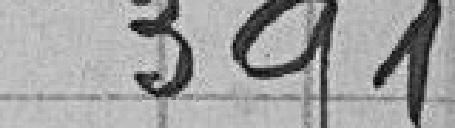
391